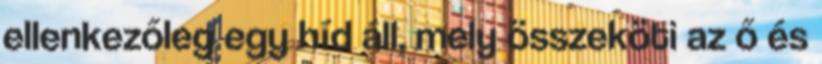
ellenkezőleg egy híd áll, mely összeköti az ő és